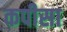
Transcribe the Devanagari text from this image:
कपीसा